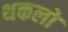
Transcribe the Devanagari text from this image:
थकलो